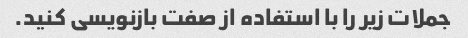
جملات زیر را با استفاده از صفت بازنویسی کنید.